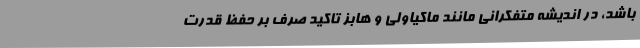
باشد، در اندیشه متفکرانی مانند ماکیاولی و هابز تاکید صرف بر حفظ قدرت